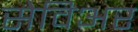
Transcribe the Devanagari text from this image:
सेविअर